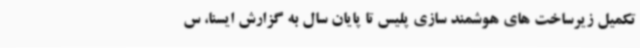
تکمیل زیرساخت های هوشمند سازی پلیس تا پایان سال به گزارش ایسنا، س